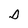
Character: D